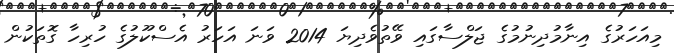
މިއަހަރުގެ އިނާމުދިނުމުގެ ޖަލްސާގައި ވޭތުވެދިޔަ 2014 ވަނަ އަހަރު އެސްކޫލުގެ ހުރިހާ ގޮތަކުން